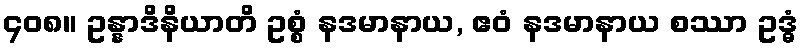
၄၀၈။ ဥန္နာဒိနိယာတိ ဥစ္စံ နဒမာနာယ, ဧဝံ နဒမာနာယ စဿာ ဥဒ္ဓံ